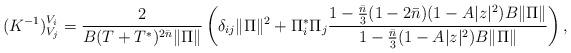
LaTeX: \begin{align*}(K^{-1})^{V_i}_{V_j} = \frac{2}{B(T+T^*)^{2\bar{n}}\|\Pi\|} \left(\delta_{ij}\|\Pi\|^2 + \Pi^*_i\Pi_j \frac{1-\frac{\bar{n}}{3}(1-2\bar{n})(1-A|z|^2)B\|\Pi\|} {1-\frac{\bar{n}}{3}(1-A|z|^2)B\|\Pi\|} \right),\end{align*}